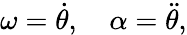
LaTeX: \omega={\dot{\theta}},\quad\alpha={\ddot{\theta}},